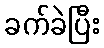
ခက်ခဲပြီး